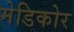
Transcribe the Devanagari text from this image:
मेडिकोर